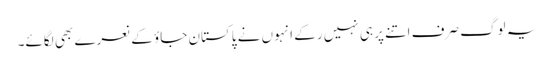
یہ لوگ صرف اتنے پر ہی نہیں رکے انہوں نے پاکستان جاؤ کے نعرے بھی لگائے۔